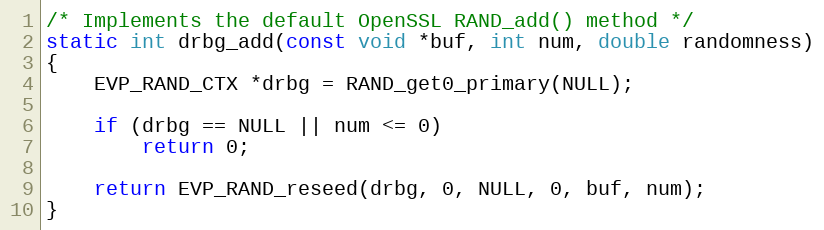
Language: C
/* Implements the default OpenSSL RAND_add() method */
static int drbg_add(const void *buf, int num, double randomness)
{
    EVP_RAND_CTX *drbg = RAND_get0_primary(NULL);

    if (drbg == NULL || num <= 0)
        return 0;

    return EVP_RAND_reseed(drbg, 0, NULL, 0, buf, num);
}